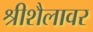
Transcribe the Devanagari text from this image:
श्रीशैलावर